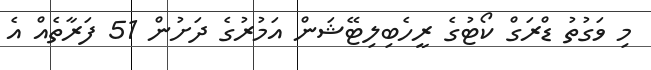
މި ވަގުތު ޑްރަގް ކޯޓުގެ ރީހެބިލިޓޭޝަން އަމުރުގެ ދަށުން 51 ފަރާތެއް އެ